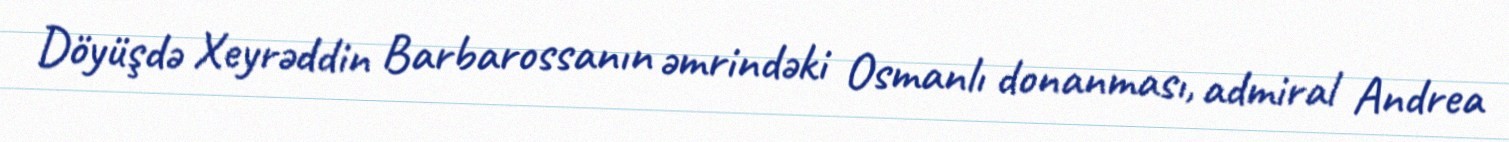
Döyüşdə Xeyrəddin Barbarossanın əmrindəki Osmanlı donanması, admiral Andrea